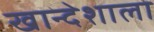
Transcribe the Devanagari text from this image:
खान्देशाला